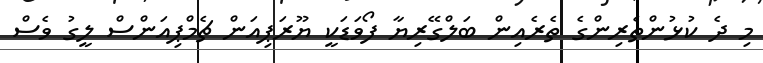
މި ދެ ކުޅުންތެރިންގެ ތެރެއިން ބަލްގޭރިޔާ ފޯވަޑަކީ ޔޫރަޕިއަން ޗެމްޕިއަންސް ލީގު ވެސް